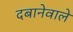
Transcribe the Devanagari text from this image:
दबानेवाले